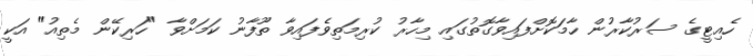
ހެއިޓީގެ ސަރުކާރުން ހާމަކޮށްފައިވާގޮތުގައި މިހާރު ކުރިމަތިވެފައިވާ ތޫފާނު ކަމަށްވާ "ހަރިކޭން މެތިއު" އަކީ